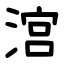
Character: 㴦